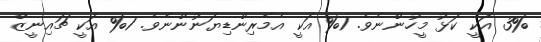
3% އަކީ ކަޅު މީހުންނެވެ. 1% އަކީ އެމެރިންޑިޔަނުންނެވެ. 1% އަކީ ޗައިނީޒް